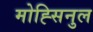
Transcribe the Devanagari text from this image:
मोह्सिनुल